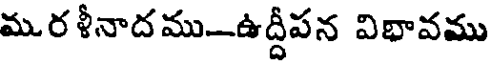
మరళీనాదము-ఉద్దీపన విభావము